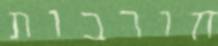
חורבות